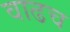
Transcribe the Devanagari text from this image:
वाढच